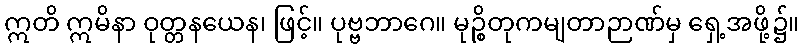
ဣတိ ဣမိနာ ဝုတ္တနယေန၊ ဖြင့်။ ပုဗ္ဗဘာဂေ။ မုဉ္စိတုကမျတာဉာဏ်မှ ရှေ့အဖို့၌။